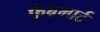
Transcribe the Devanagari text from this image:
फैबमार्ट